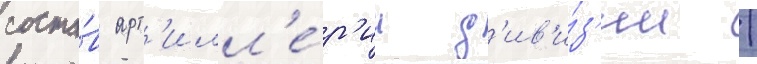
соста́в арт'илл'е́р'ии д'ив'и́з'ии /